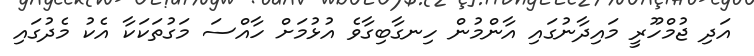
އަދި ޖުމްހޫރީ މައިދާނުގައި އާންމުން ހިނގާބިގާވެ އުޅުމަށް ހާއްސަ މަގުތަކަކާ އެކު މެދުގައި